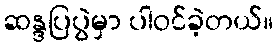
ဆန္ဒပြပွဲမှာ ပါဝင်ခဲ့တယ်။